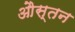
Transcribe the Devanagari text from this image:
औस्तन